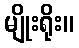
မျိုးရိုး။